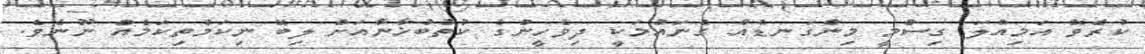
ކުރެވޭ އަމިއްލަ ގިސްމީ މިންގަނޑެއް ގެނައުމަކީ ދިވެހީންގެ ކުތުބުޚާނާއަށް ލިބޭ ނިކަމެތިކަމެއް ނޫނެވެ.